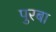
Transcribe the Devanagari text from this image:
पुरबा